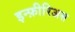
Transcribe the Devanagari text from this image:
इन्फ़ीरिअस